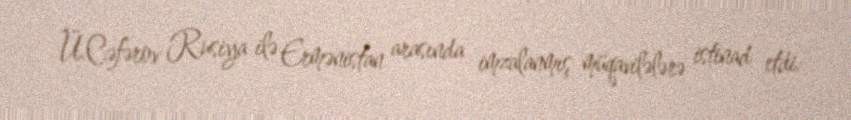
Ü.Cəfərov Rusiya ilə Ermənistan arasında imzalanmış müqavilələrə istinad etdi: